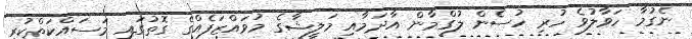
ނެގުމާ ހަވާލުވެ ހުރި ހުސެން ލުގްމާން އާދަމާއި މަލީޝާގެ މުވައްޒަފެއްގެ ގޮތުގައި މަސައްކަތްކުރި